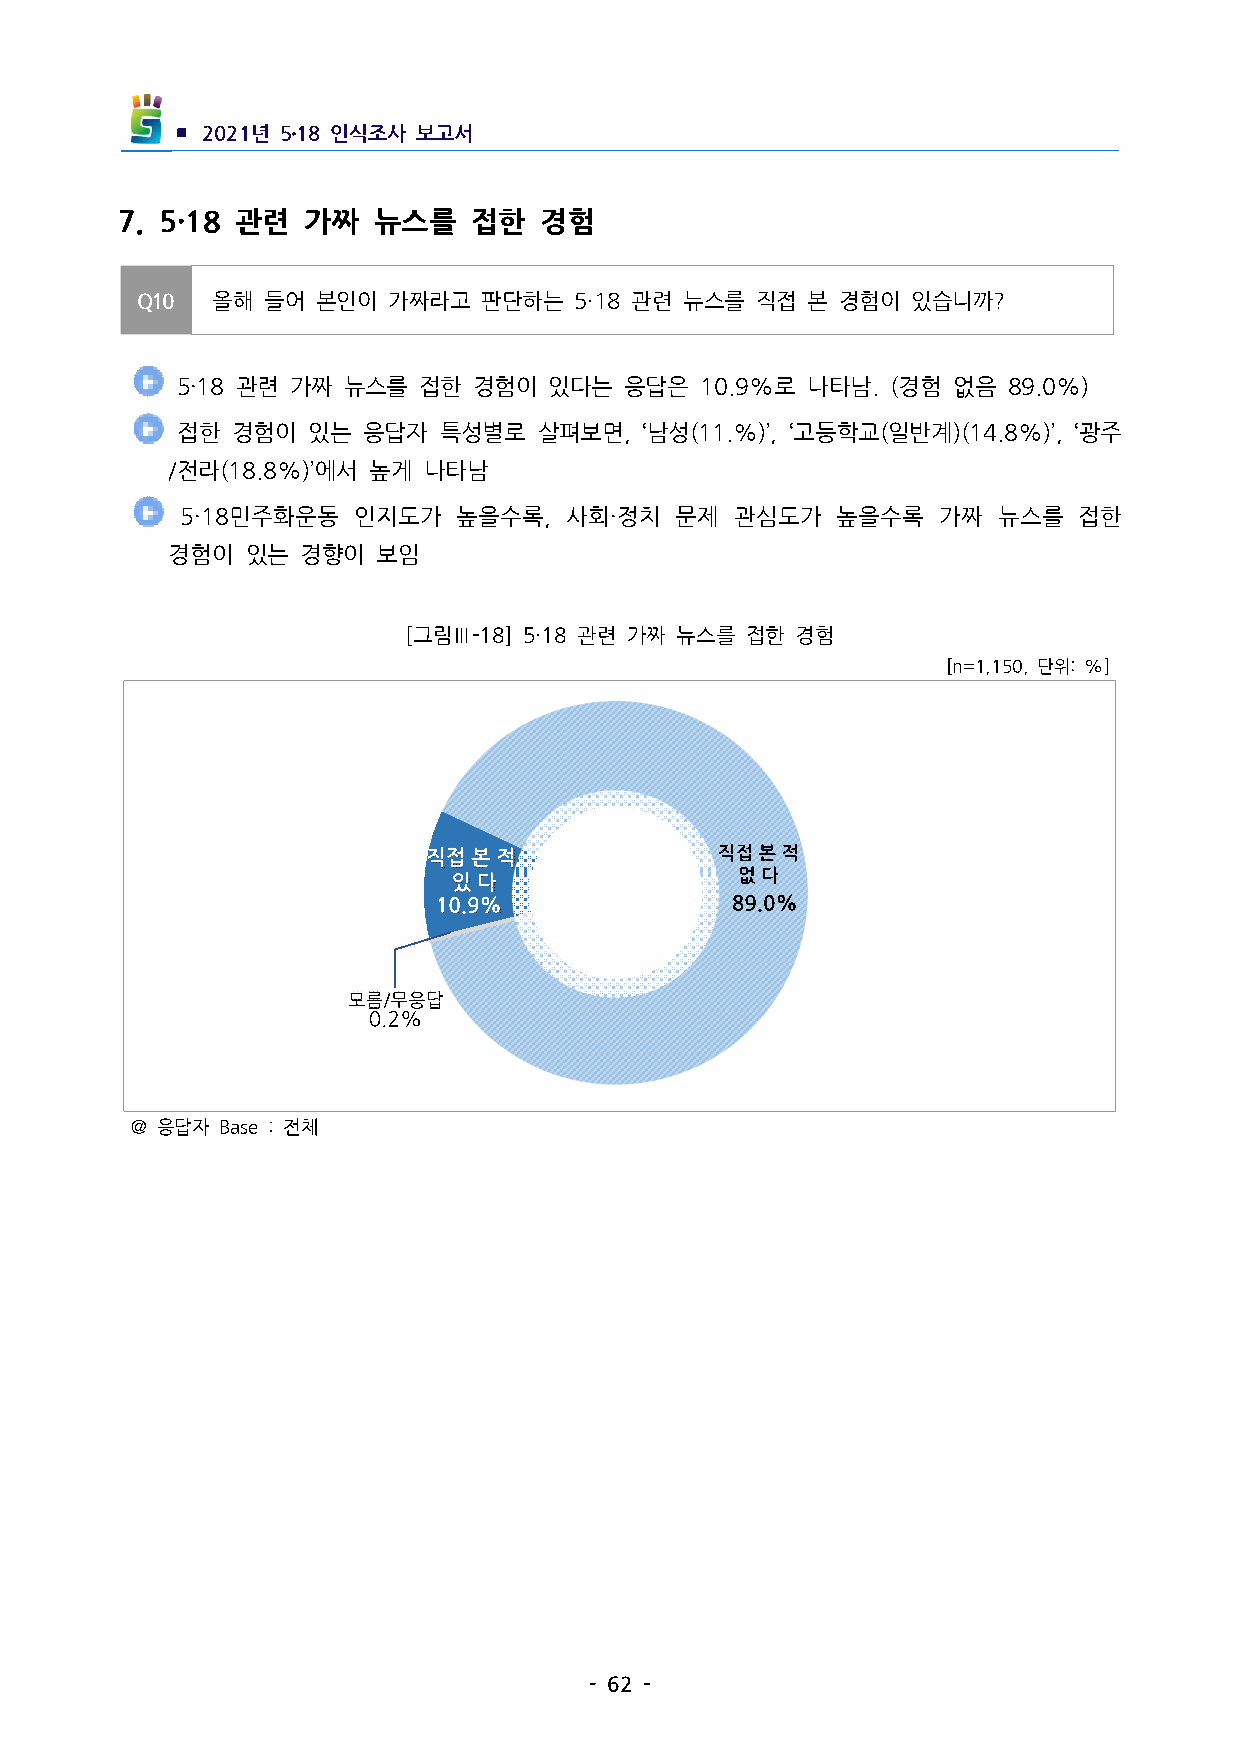
▪ 2021년 5․18인식조사 보고서
 7. 5·18 관련 가짜  뉴스를   접한   경험
 Q10  올해 들어  본인이  가짜라고  판단하는  5·18관련 뉴스를 직접 본  경험이 있습니까?
 5·18관련 가짜 뉴스를  접한 경험이  있다는  응답은  10.9%로 나타남.(경험  없음  89.0%)
 접한 경험이  있는  응답자  특성별로   살펴보면,‘남성(11.%)’,‘고등학교(일반계)(14.8%)’,‘광주
 /전라(18.8%)’에서 높게 나타남
  5·18민주화운동 인지도가   높을수록, 사회·정치   문제  관심도가  높을수록   가짜  뉴스를  접한
 경험이있는   경향이  보임
 [그림Ⅲ-18] 5·18관련 가짜 뉴스를 접한 경험
 [n=1,150,단위:%]
 ＠응답자 Base:전체
 -62-